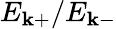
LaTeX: E_{\mathbf{k}+}/E_{\mathbf{k}-}